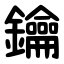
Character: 鑰